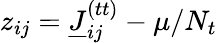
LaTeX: z_{ij}=\underline{{J}}_{ij}^{(tt)}-\mu/N_{t}